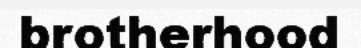
brotherhood